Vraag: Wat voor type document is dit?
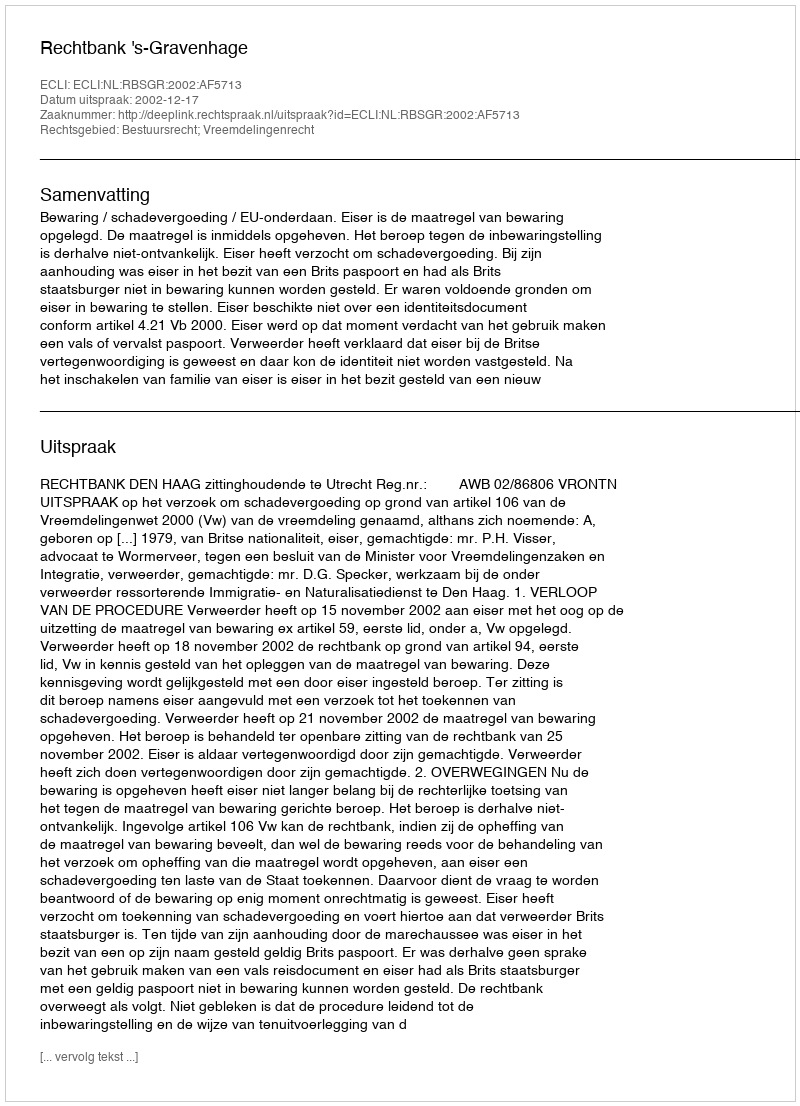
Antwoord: Uitspraak